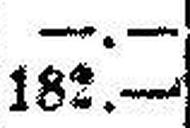
182.—